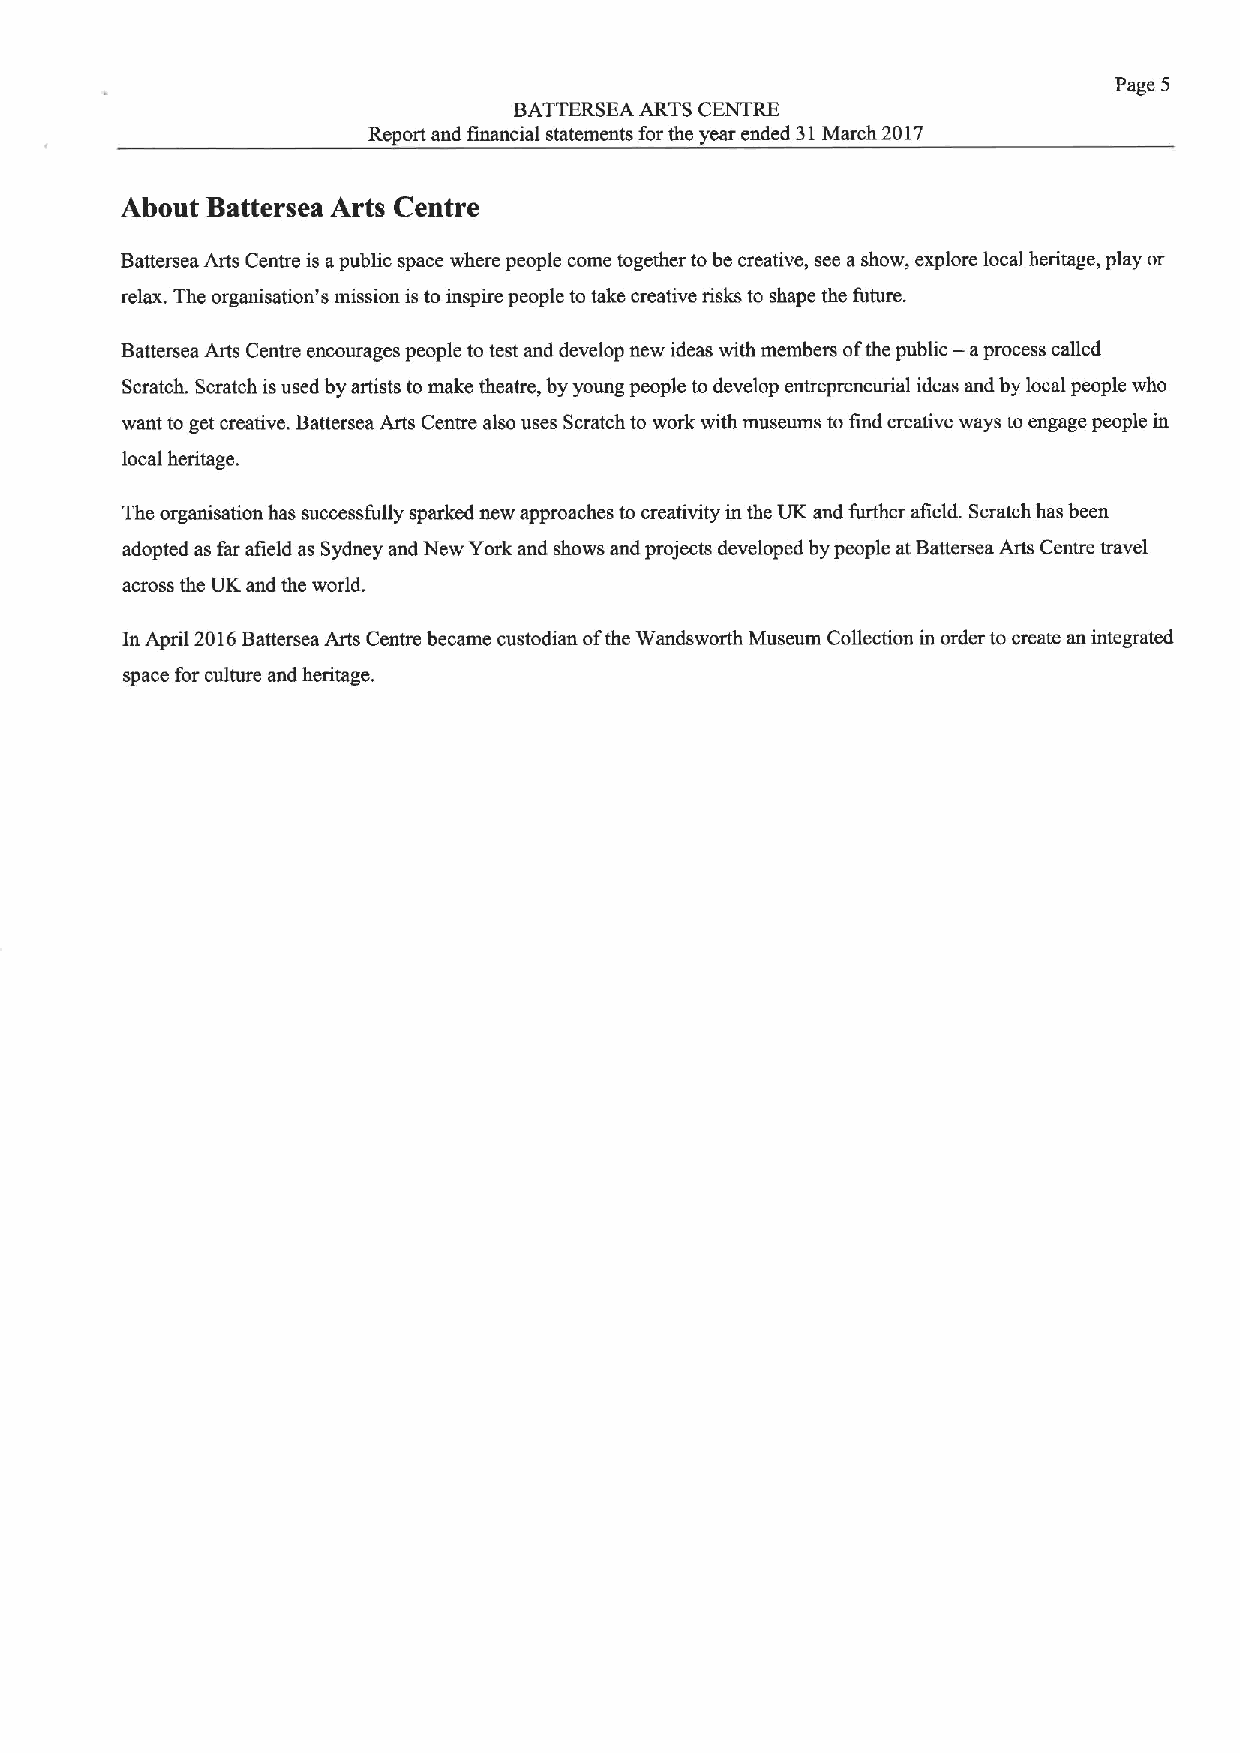
Page 5
 BATTERSEA ARTS CENTRE
 Report and financial statements for the year ended 31March 2017
 About Battersea Arts Centre
 Battersea Arts Centre is apublic space where people come together tobe creative, see ashow, explore local heritage, play or
 relax. The organisation's mission is to inspire people to take creative risks to shape the future.
 Battersea Arts Centre encourages people to test and develop new ideas with members ofthe public — aprocess called
 Scratch. Scratch isused by artists to make theatre, by young people to develop entrepreneurial ideas and by local people who
 want to get creative. Battersea Arts Centre also uses Scratch to work with museums to find creative ways to engage people in
 local heritage.
 The organisation has successfully sparked new approaches to creativity in the UK and fiuther afield. Scratch has been
 adopted as far afield as Sydney and New York and shows and projects developed by people at Battersea Arts Centre travel
 across the UK and the world.
 In April 2016Battersea Arts Centre became custodian ofthe Wandsworth Museum Collection in order to create an integrated
 space for culture and heritage.